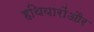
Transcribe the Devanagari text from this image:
हथियारोंऔर